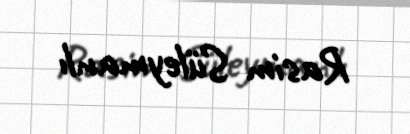
Rasim Süleymanlı